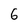
Character: 6